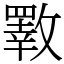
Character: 斁